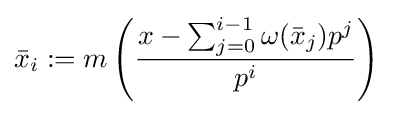
{\bar {x}}_{i}:=m\left({\frac {x-\sum _{j=0}^{i-1}\omega ({\bar {x}}_{j})p^{j}}{p^{i}}}\right)